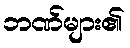
ဘဏ်များ၏